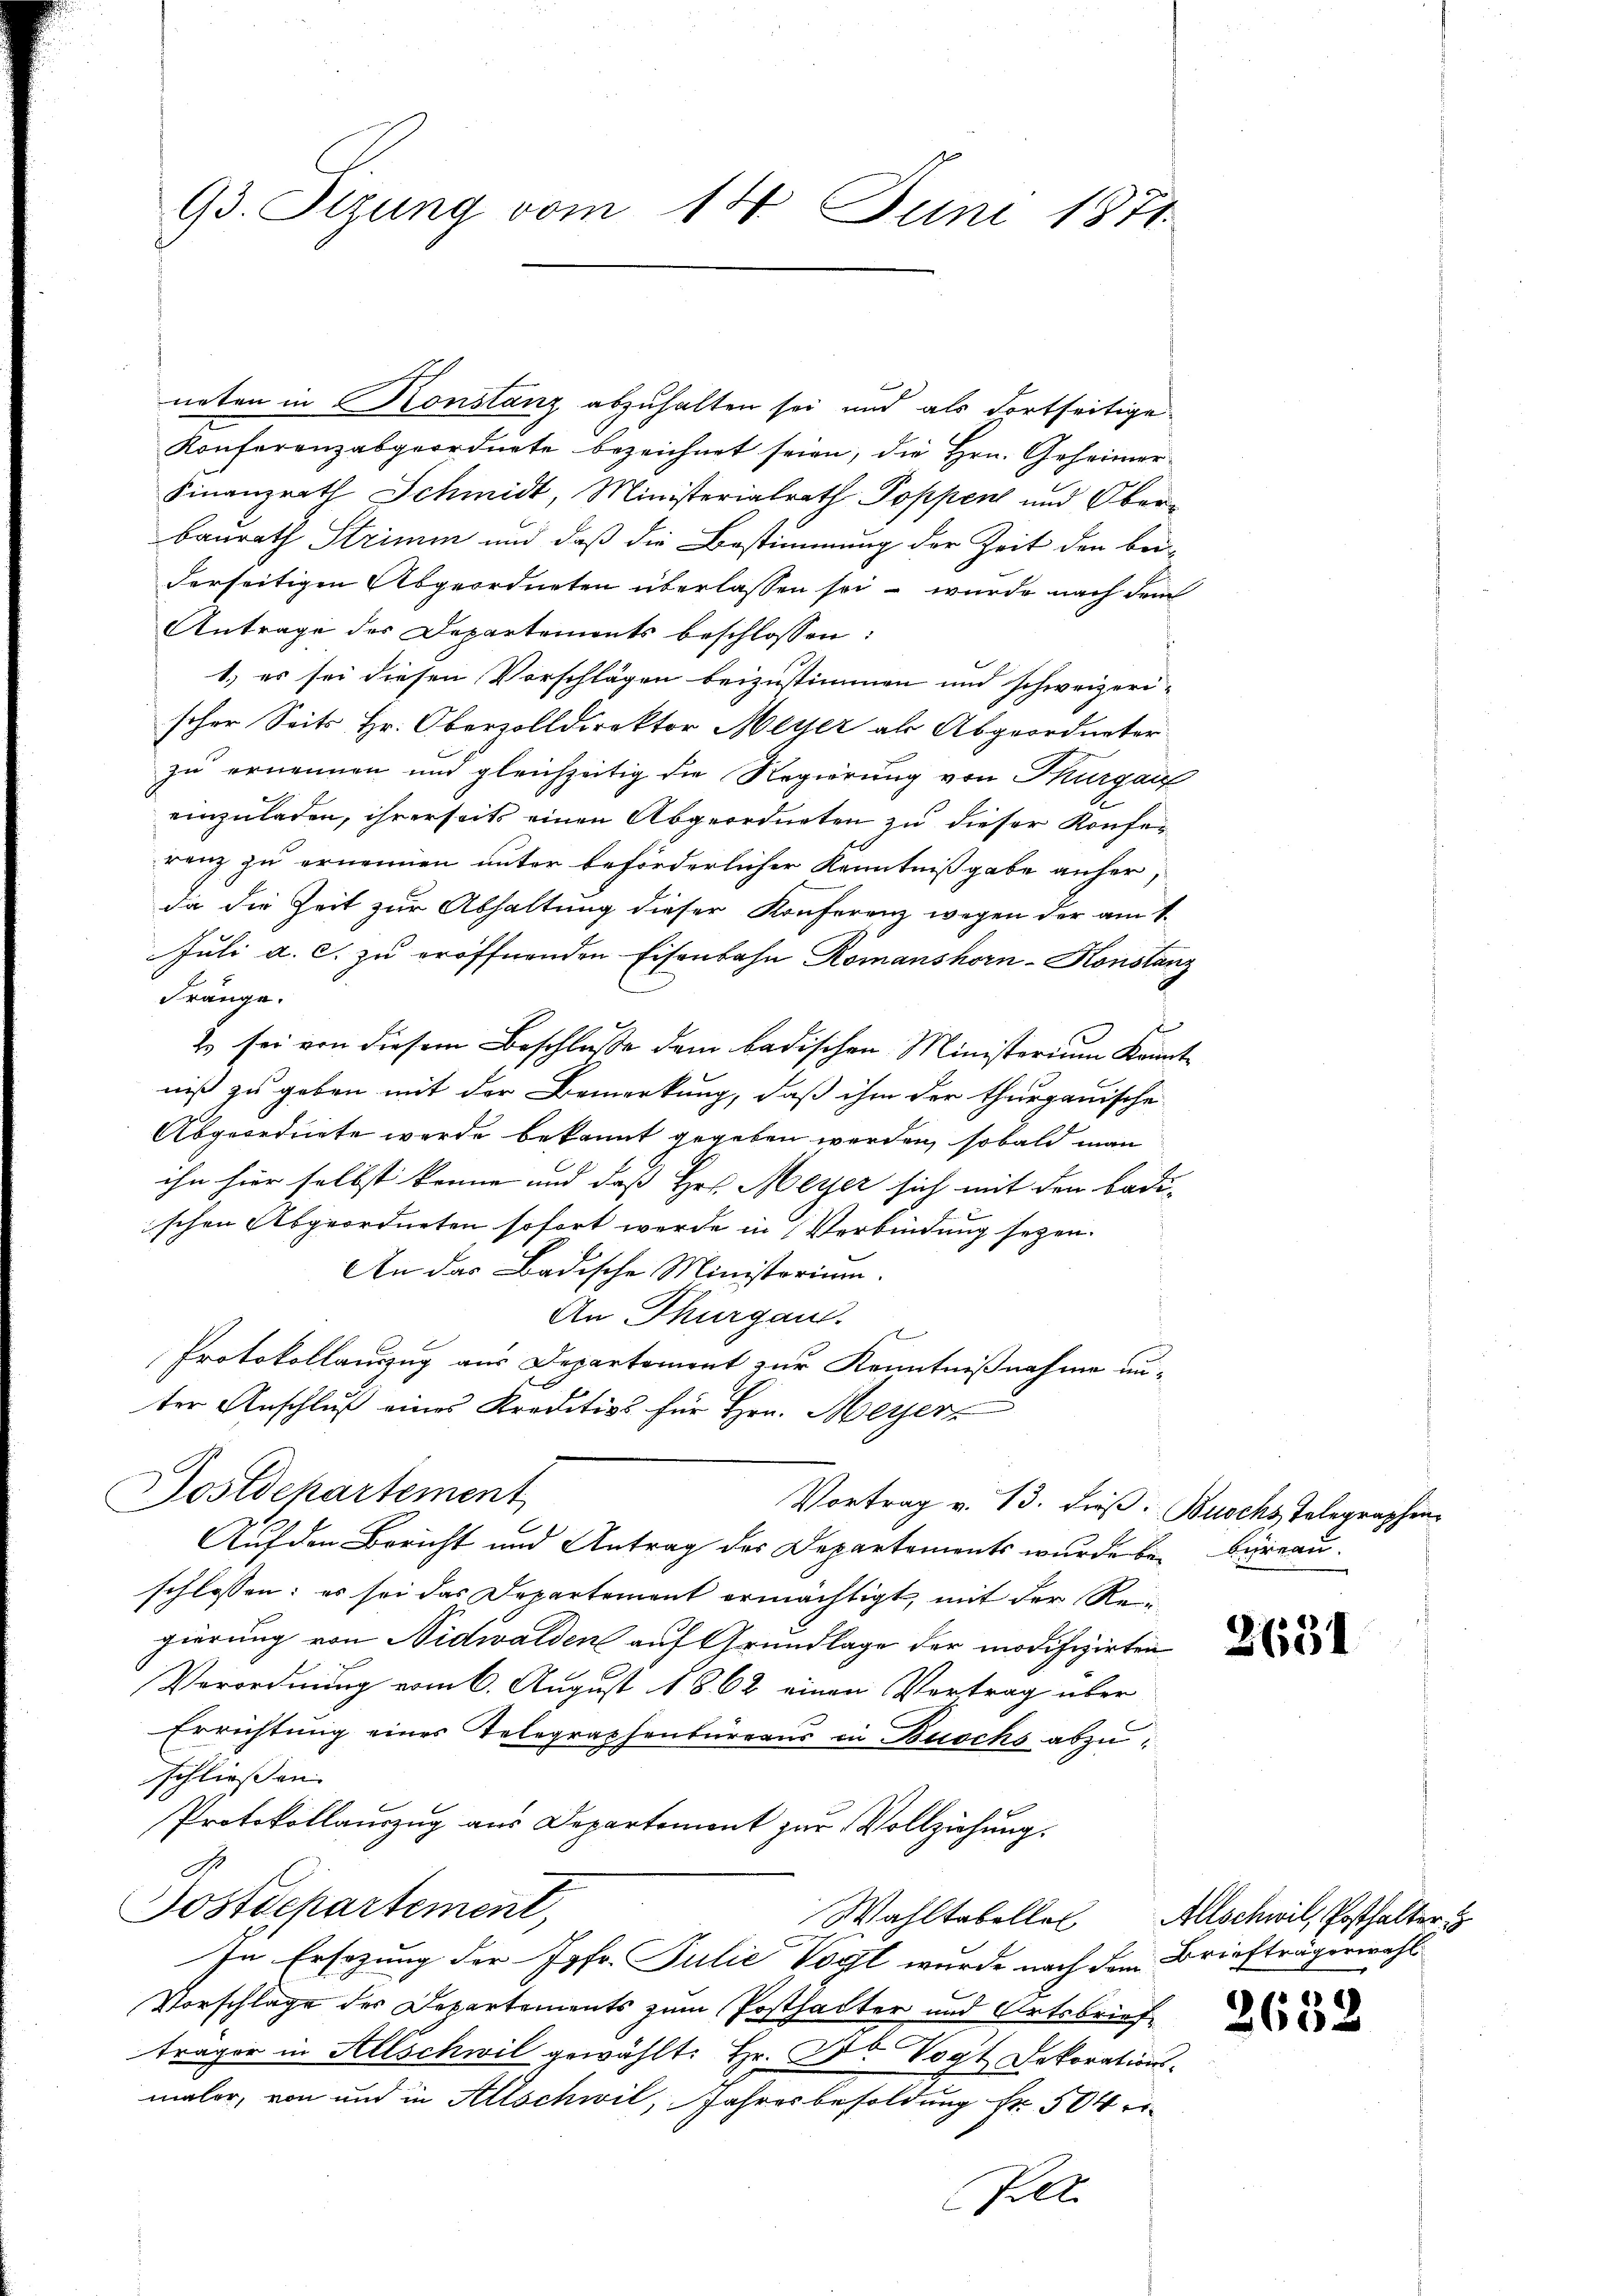
93. Stzung vom 14. Juni 1871

neten in Konstanz abzuhalten sei und als dortseitige
Konferenzabgeordnete bezeichnet seien, die Hrn. Geheimer
Finanzrath Schmidt, Ministerialrath Poppen und Oberbaurath Strimm und daß die Bestimmung der Zeit den bei-
derseitigen Abgeordneten überlassen sei – wurde nach dem
Antrage des Departements beschlossen:
1.) es sei diesen Vorschlägen beizustimmen und schweizeri-
scher Seits Hr. Obervolldirektor Meyer als Abgeordneter
zu ernennen und gleichzeitig die Regierung von Thurgau
einzuladen, ihrerseit einen Abgeordneten zu dieser Konfes
renz zu ernennen unter beförderlicher Kenntnißgabe anher,
da die Zeit zur Abhaltung dieser Konferenz wegen der am 1.
Juli a. c. zu eröffnenden Eisenbahn Romanshorn-Konstan
Fränge.
t
Es sei von diesem Beschluße dem badischen Ministerium Krinniß zu geben mit der Bemerkung, daß ihm der thurgauische
Abgeordnete wurde bekannt gegeben werden, sobald man
ihn hier selbst kenne und dass Hrn. Meyer sich mit den Badi-
ischen Abgeordneten sofort werde in Verbindung seyen.
An das Badische Ministerium.
An Thurgau.
Protokollauszug aus Departement zur Kenntnißnahme unx
ter Anschluß eines Kreditivs für Hrn. Meyer
Dostdepartement
Vortrag v. 13. dieß. Buschs Telegraphen
Auf den Bericht und Antrag des Departements wurde bei Büreau.
schlossen: es sei das Departement ermächtigt, mit der Reigierung von Nidwalden auf Grundlage der modifizirten
Verordnung vom 6. August 1862 einen Vertrag über
Errichtung eines Telegraphenbüreaus in Buochs abzuschließen
Protokollauszug aus Departement zur Vollziehung
Postdepartement,
Wahltabelles Allschwil, Posthalter
In Ersezung der Jgfr. Julie Vogl wurde nach dem Briefträgerwahl
Vorschlage des Departements zum Posthalter und Ortsbriefträger in Allschwil gewählt: Hr. Dr Vogt Dekorations-
maler, von und in Allschwil, Jahresbesoldung Fr. 504
Pell

2631

265.